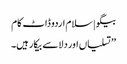
بیگو | سلام اردو ڈاٹ کام
’’تسلیاں اور دلاسے بیکار ہیں۔